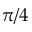
\pi / 4